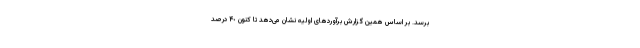
برسد. بر اساس همین گزارش برآوردهای اولیه نشان می‌دهد تا کنون ۴٠ درصد